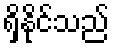
ရှိနိုင်သည်